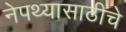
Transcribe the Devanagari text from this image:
नेपथ्यासाठीचे